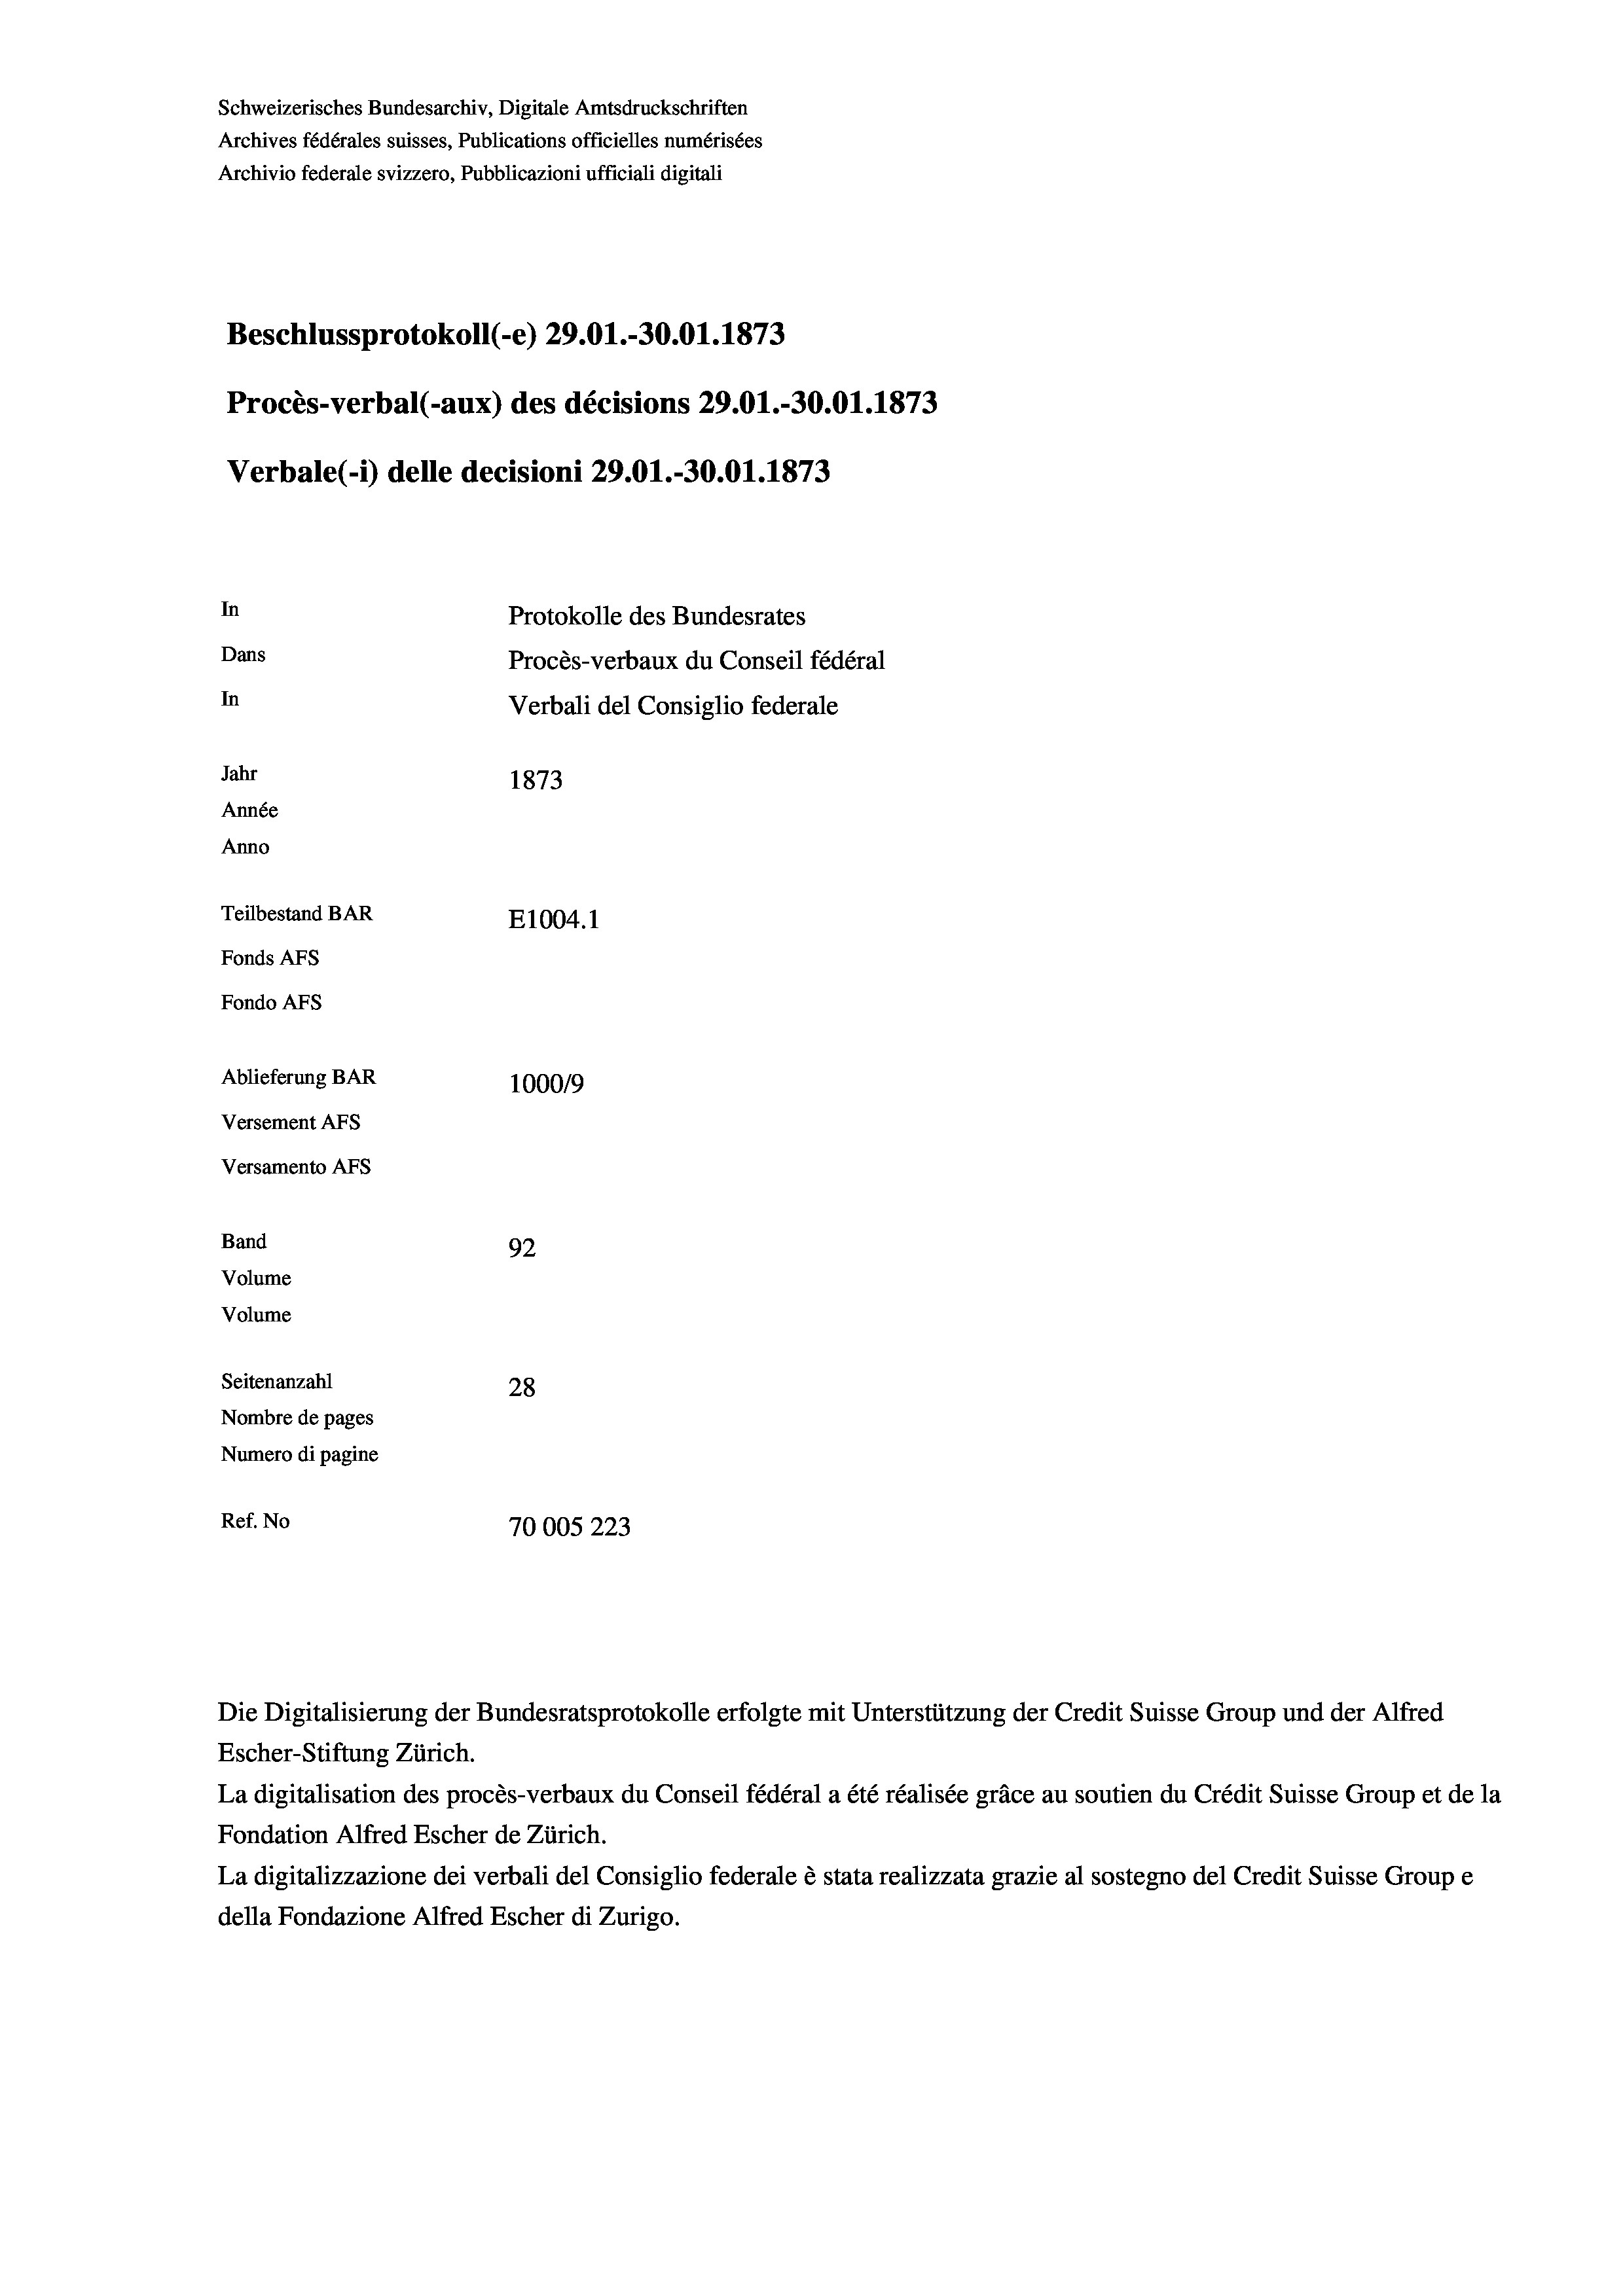
Beschlussprotokoll (-e) 29.01.-30.01. 1873
Procès-verbal (-aux) des décisions 29.01.-30.01. 1873
Verbale(-*) delle decisioni 29.01.-30.01. 1873
In
Protokolle des Bundesrates
Dans
Procès-verbaux du Conseil fédéral
In
Verbali del Consiglio federale
Jahr
1873
Année
Anno
Teilbestand BAR
E1004.1
Fonds AFs
Fondo AFS

Ablieferung BAR
Versement AFs
Versamento AFs
Band
Volume
Volume
Seitenanzahl

Schweizerisches Bundesarchiv, Digitale Amtsdruckschriften
Archives fédérales suisses, Publications officielles numérisées
Archivio federale svizzero, Pubblicazioni ufficiali digitali

92
28
Nombre de pages
Numero di pagine
Ref. No
70005223

100019

Escher-Stiftung Zürich.
La digitalisation des procès-verbaux du Conseil fédéral a été réalisée gräce au soutien du Crédit Suisse Group et de la
Fondation Alfred Escher de Zürich.
La digitalizzazione dei verbali del Consiglio federale è stata realizzata grazie al sostegno del Credit Suisse Groupe
della Fondazione Alfred Escher di Zurigo.

Die Digitalisierung der Bundesratsprotokolle erfolgte mit Unterstützung der Credit Suisse Group und der Alfred